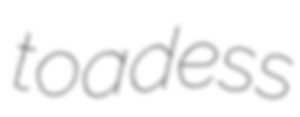
toadess